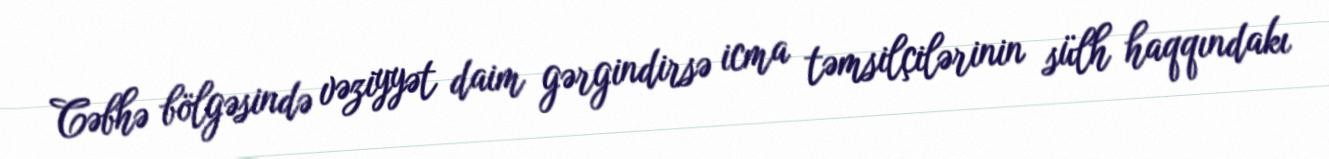
Cəbhə bölgəsində vəziyyət daim gərgindirsə icma təmsilçilərinin sülh haqqındakı